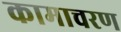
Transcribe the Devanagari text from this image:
कामाचरण